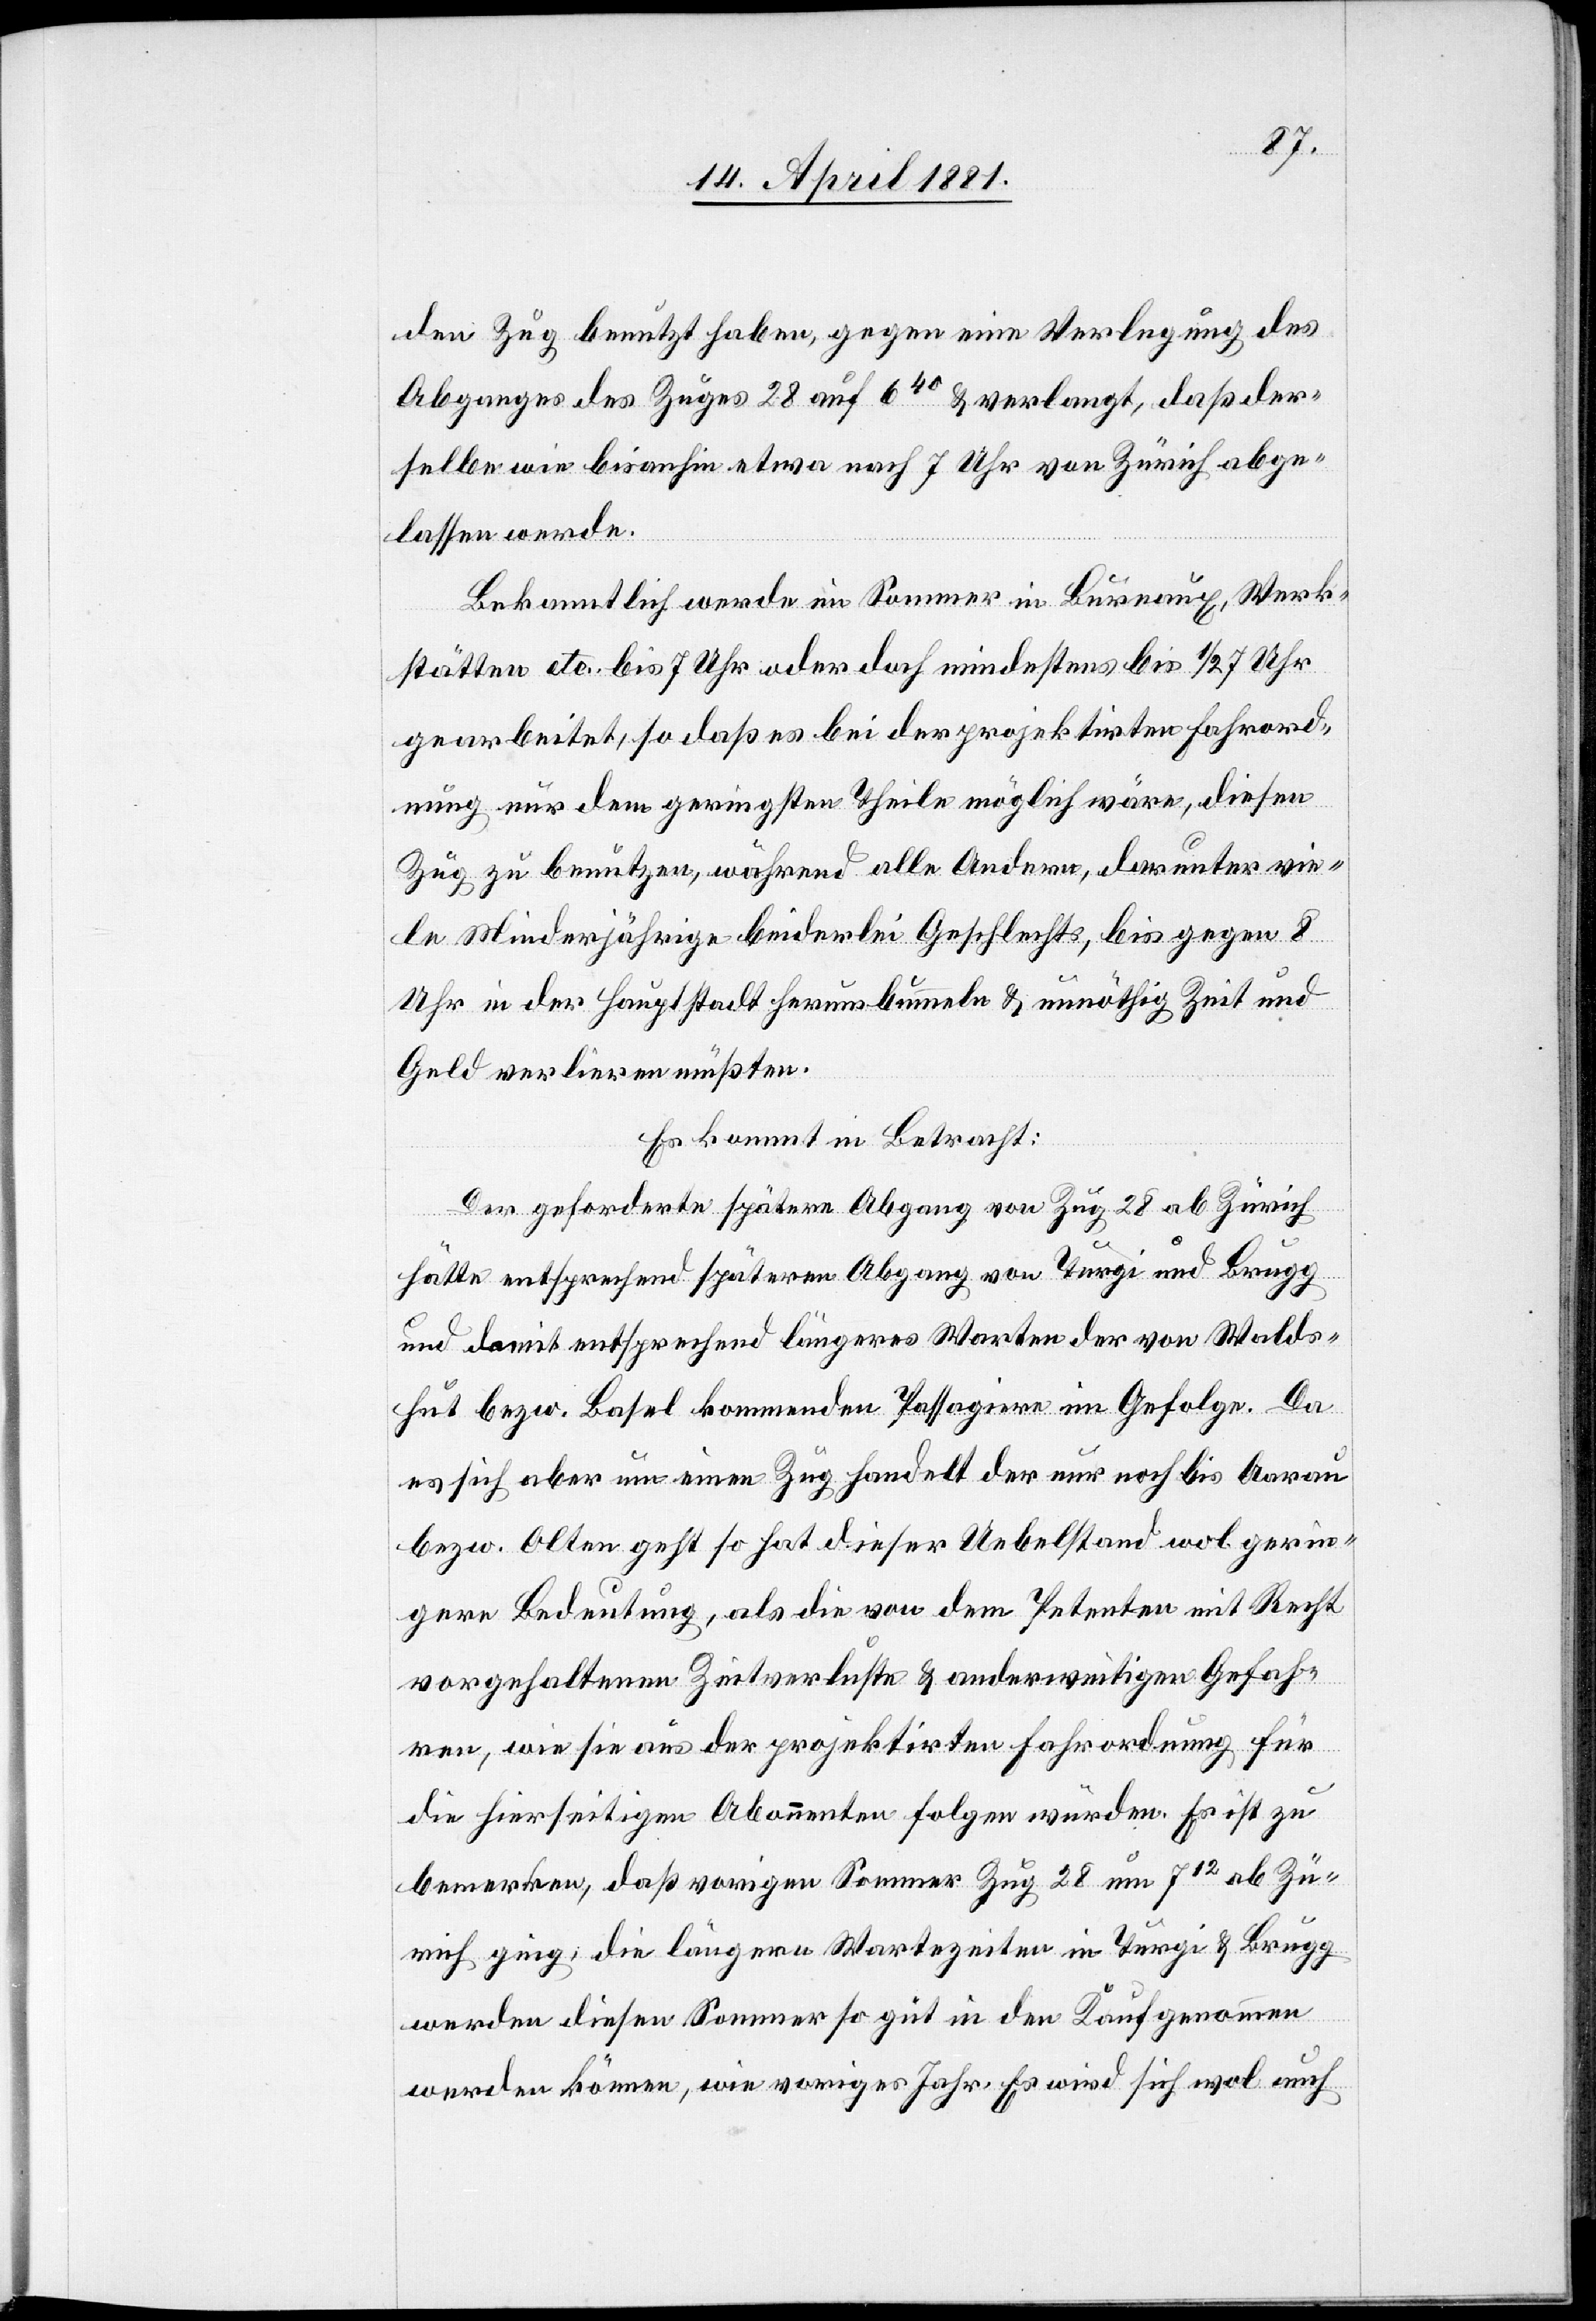
den Zug benutzt haben, gegen eine Verlegung des
Abganges des Zuges 28 auf 640 & verlangt, daß der¬
selbe wie bis anhin etwa nach 7 Uhr von Zürich abge¬
lassen werde.
Bekanntlich werde im Sommer in Bureaux, Werk¬
stätten etc. bis 7 Uhr oder doch mindestens bis 1/2 7 Uhr
gearbeitet, so daß es bei der projektirten Fahrord¬
nung nur dem geringsten Theile möglich wäre, diesen
Zug zu benutzen, während alle Anderen, darunter vie¬
le Minderjährige beiderlei Geschlechts, bis gegen 8
Uhr in der Hauptstadt herumbummeln & unnötig Zeit und
Geld verlieren müßten.
Es kommt in Betracht:
Der geforderte spätere Abgang von Zug 28 ab Zürich
hätte entsprechend späteren Abgang von Turgi und Brugg
und damit entsprechend längeres Warten der von Walds¬
hut bezw. Basel kommenden Passagiere im Gefolge. Da
es sich aber um einen Zug handelt der nur noch bis Aarau
bezw. Olten geht so hat dieser Uebelstand wol gerin¬
gere Bedeutung, als die von dem Petenten mit Recht
vorgehaltenen Zeitverluste & anderweitigen Gefah¬
ren, wie sie aus der projektirten Fahrordnung für
die hierseitigen Abonnenten folgen würden. Es ist zu
bemerken, daß vorigen Sommer Zug 28 um 712 ab Zü¬
rich ging; die längern Wartezeiten in Turgi & Brugg
werden diesen Sommer so gut in den Kauf genommen
werden können, wie voriges Jahr. Es wird sich wol auch